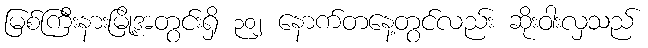
မြစ်ကြီးနားမြို့အတွင်းရှိ ၃၀၂ နောက်တနေ့တွင်လည်း ဆိုးဝါးလှသည်